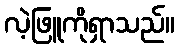
လဲ့ဖြူကိုရှာသည်။